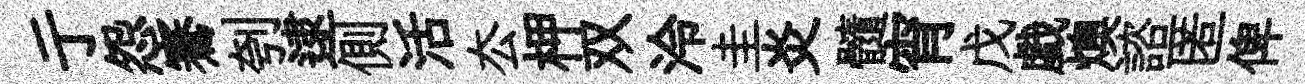
亍怨騫刳逮側活厺柙双泠圭炎髓宵戊戯燠諮匿俾